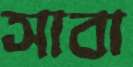
সাবা